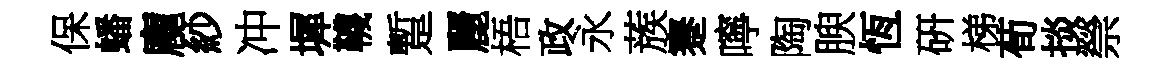
保蟠龐紗冲墀韈蹔麗梧政永蔟蹇嚀陶腴恆硏梯荀掞禜